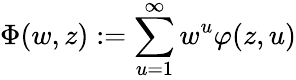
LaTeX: \Phi(w,z):=\sum_{u=1}^{\infty}w^{u}\varphi(z,u)